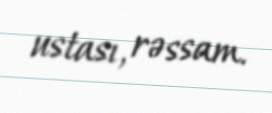
ustası, rəssam.